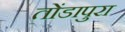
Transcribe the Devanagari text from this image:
तोंडापुरा